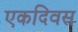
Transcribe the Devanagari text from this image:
एकदिवस